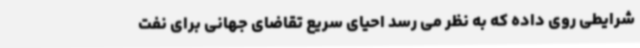
شرایطی روی داده که به نظر می رسد احیای سریع تقاضای جهانی برای نفت